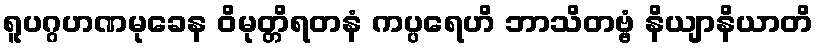
ရူပဂ္ဂဟဏမုခေန ဝိမုတ္တိရတနံ ကပ္ပရေဟိ ဘာသိတဗ္ဗံ နိယျာနိယာတိ